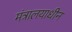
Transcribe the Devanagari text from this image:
मंत्रालयाधीन